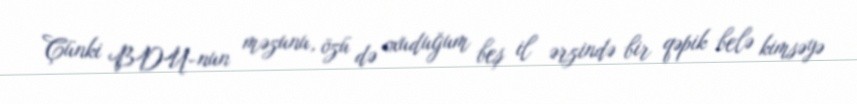
Çünki BDU-nun məzunu, özü də oxuduğum beş il ərzində bir qəpik belə kimsəyə